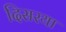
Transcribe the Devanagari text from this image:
दिसरया